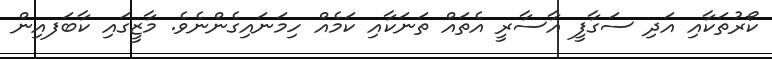
ކޯރުތަކާއި އަދި ސަގާފީ އާސާރީ އެތައް ތަނަކާއި ކަމެއް ހިމަނައިގެންނެވެ. މާޒީގައި ކާބަފއިން